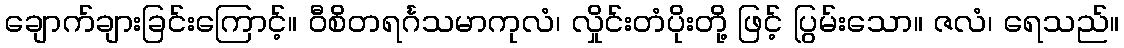
ချောက်ချားခြင်းကြောင့်။ ဝီစိတရင်္ဂသမာကုလံ၊ လှိုင်းတံပိုးတို့ ဖြင့် ပြွမ်းသော။ ဇလံ၊ ရေသည်။